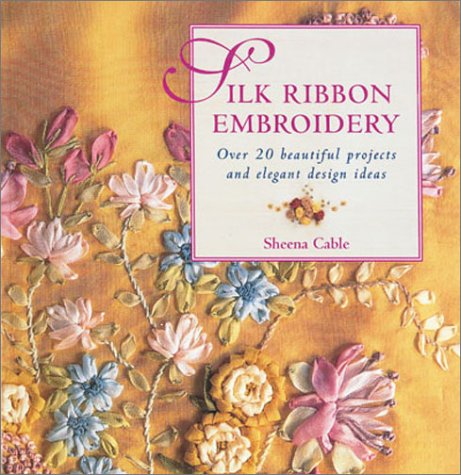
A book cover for Silk Ribbon Embroidery: Over 20 Beautiful Projects and Elegant Design Ideas; Sheena Cable; Crafts, Hobbies & Home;